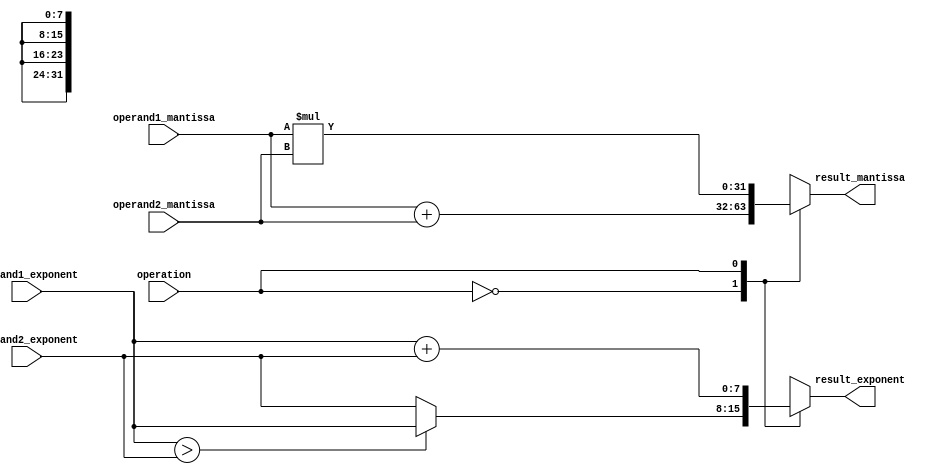
module arbitrary_precision_floating_point_unit (
    input wire [31:0] operand1_mantissa,
    input wire [7:0] operand1_exponent,
    input wire [31:0] operand2_mantissa,
    input wire [7:0] operand2_exponent,
    input wire operation, // 0 for addition, 1 for multiplication, 2 for division
    output wire [31:0] result_mantissa,
    output wire [7:0] result_exponent
);

reg [31:0] temp_result_mantissa;
reg [8:0] temp_result_exponent;

always @ (*) begin
    case(operation)
        0: begin // addition
            temp_result_mantissa = operand1_mantissa + operand2_mantissa;
            if(operand1_exponent > operand2_exponent) begin
                temp_result_exponent = operand1_exponent;
            end else begin
                temp_result_exponent = operand2_exponent;
            end
        end
        1: begin // multiplication
            temp_result_mantissa = operand1_mantissa * operand2_mantissa;
            temp_result_exponent = operand1_exponent + operand2_exponent;
        end
        2: begin // division
            temp_result_mantissa = operand1_mantissa / operand2_mantissa;
            temp_result_exponent = operand1_exponent - operand2_exponent;
        end
        default: begin
            temp_result_mantissa = 32'h0;
            temp_result_exponent = 8'h0;
        end
    endcase
end

assign result_mantissa = temp_result_mantissa;
assign result_exponent = temp_result_exponent;

endmodule